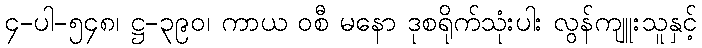
၄-ပါ-၅၄၈၊ ဋ္ဌ-၃၉၀၊ ကာယ ဝစီ မနော ဒုစရိုက်သုံးပါး လွန်ကျူးသူနှင့်